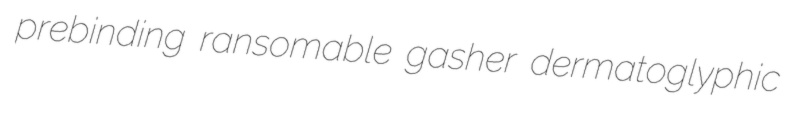
prebinding ransomable gasher dermatoglyphic